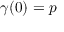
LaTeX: \gamma ( 0 ) = p